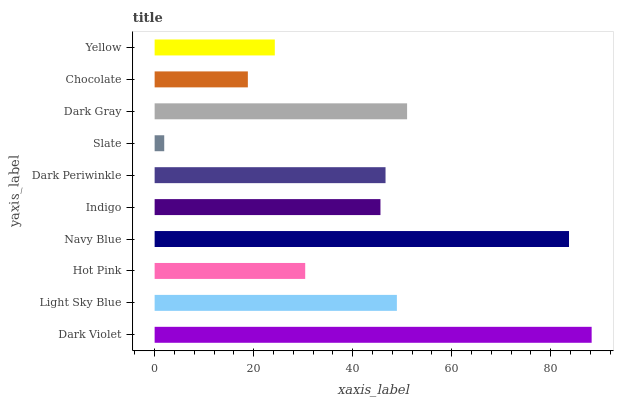
| yaxis_label | bars |
 | --- | --- |
 | Dark Violet | 88.3 |
 | Light Sky Blue | 48.9 |
 | Hot Pink | 30.4 |
 | Navy Blue | 83.7 |
 | Indigo | 45.6 |
 | Dark Periwinkle | 46.6 |
 | Slate | 1.94 |
 | Dark Gray | 51 |
 | Chocolate | 18.8 |
 | Yellow | 24.3 |